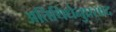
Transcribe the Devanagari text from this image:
अतिथिधेनुप्रसाद